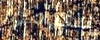
ليقوموا